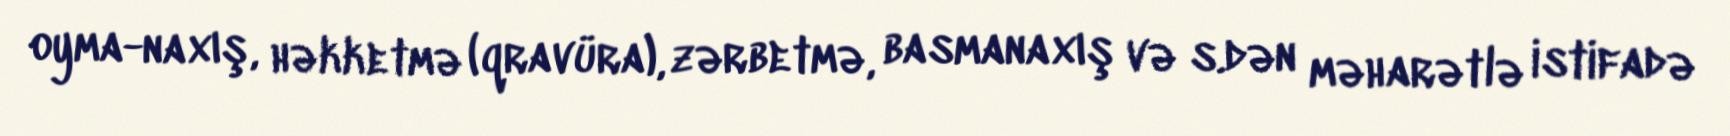
oyma-naxış, həkketmə (qravüra), zərbetmə, basmanaxış və s.dən məharətlə istifadə